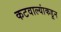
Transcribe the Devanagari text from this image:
कटवाल्यांकडून